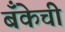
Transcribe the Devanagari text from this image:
बॅँकेची